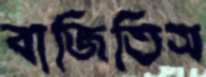
বাজিতিস